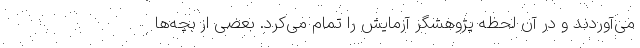
می‌آوردند و در آن لحظه پژوهشگر آزمایش را تمام می‌کرد. بعضی از بچه‌ها